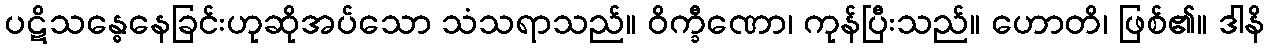
ပဋိသန္ဓေနေခြင်းဟုဆိုအပ်သော သံသရာသည်။ ဝိက္ခီဏော၊ ကုန်ပြီးသည်။ ဟောတိ၊ ဖြစ်၏။ ဒါနိ